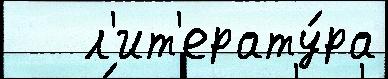
   л'ит'ерату́ра